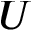
U